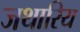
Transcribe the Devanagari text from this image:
जथारिय